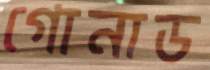
গোনাড